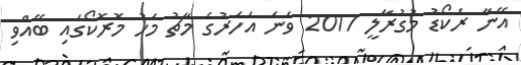
އޭނާ ރެކޯޑު މުގުރާލީ 2017 ވަނަ އަހަރުގެ މާޗު މަހު މޮރޮކޯގައި ބޭއްވި